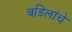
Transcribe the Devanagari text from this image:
बडिलांचे